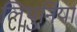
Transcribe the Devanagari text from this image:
लिथुनिया